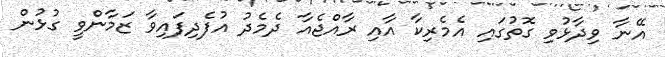
އޭނާ ވިދާޅުވި ގޮތުގައި އެމެރިކާ އާއި ރާއްޖެއާ ދެމެދު އުފެދިފައިވާ ޒަމާންވީ ގުޅުން